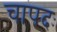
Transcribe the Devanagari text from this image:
चापदः